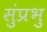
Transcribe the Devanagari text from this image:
सुंप्रभु